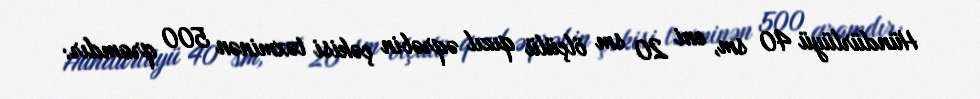
Hündürlüyü 40 sm, eni 20 sm ölçülü qızıl əqrəbin çəkisi təxminən 500 qramdır: